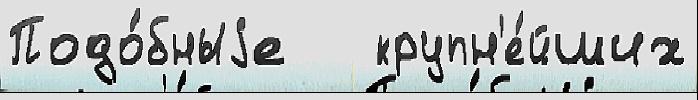
Подо́бныjе   крупн'е́йших